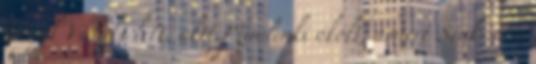
Végül Valaki lett, akit Mindenki okolt, amiért Senki nem